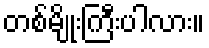
တစ်မျိုးကြီးပါလား။